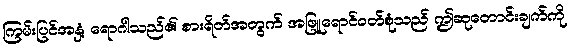
ကြမ်းပြင်အနှံ့ ရောဂါသည်၏ စားရိတ်အတွက် အဖြူရောင်ဝတ်စုံသည် ဤဆုတောင်းချက်ကို